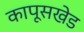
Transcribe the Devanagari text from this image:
कापूसखेड